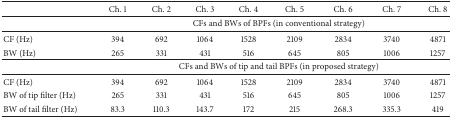
|  | Ch. 1 | Ch. 2 | Ch. 3 | Ch. 4 | Ch. 5 | Ch. 6 | Ch. 7 | Ch. 8 |
 | --- | --- | --- | --- | --- | --- | --- | --- | --- |
 |  | <COLSPAN=8> CFs and BWs of BPFs (in conventional strategy) |
 | CF (Hz) | 394 | 692 | 1064 | 1528 | 2109 | 2834 | 3740 | 4871 |
 | BW (Hz) | 265 | 331 | 431 | 516 | 645 | 805 | 1006 | 1257 |
 |  | <COLSPAN=8> CFs and BWs of tip and tail BPFs (in proposed strategy) |
 | CF (Hz) | 394 | 692 | 1064 | 1528 | 2109 | 2834 | 3740 | 4871 |
 | BW of tip filter (Hz) | 265 | 331 | 431 | 516 | 645 | 805 | 1006 | 1257 |
 | BW of tail filter (Hz) | 83.3 | 110.3 | 143.7 | 172 | 215 | 268.3 | 335.3 | 419 |